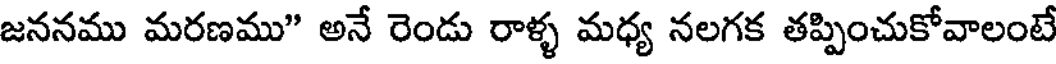
జననము మరణము" అనే రెండు రాళ్ళ మధ్య నలగక తప్పించుకోవాలంటే